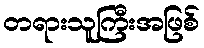
တရားသူကြီးအဖြစ်